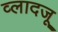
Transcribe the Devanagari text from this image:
व्लादजू